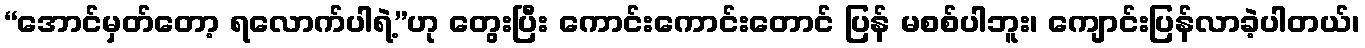
“အောင်မှတ်တော့ ရလောက်ပါရဲ့”ဟု တွေးပြီး ကောင်းကောင်းတောင် ပြန် မစစ်ပါဘူး၊ ကျောင်းပြန်လာခဲ့ပါတယ်၊